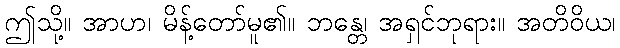
ဤသို့။ အာဟ၊ မိန့်တော်မူ၏။ ဘန္တေ၊ အရှင်ဘုရား။ အတိဝိယ၊